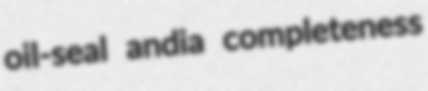
oil-seal andia completeness